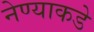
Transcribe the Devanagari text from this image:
नेण्याकडे